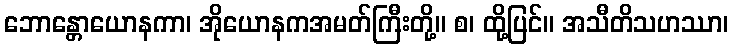
ဘောန္တောယောနကာ၊ အိုယောနကအမတ်ကြီးတို့။ စ၊ ထို့ပြင်။ အသီတိသဟဿာ၊